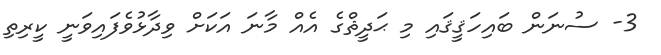
3- ސުނަން ބައިހަޤީޤައި މި ޙަދީޘްގެ އެއް މާނަ އަކަށް ވިދާޅުވެފައިވަނީ ކީރިތި